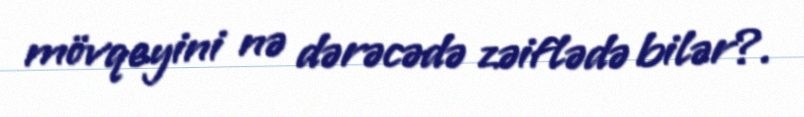
mövqeyini nə dərəcədə zəiflədə bilər?.